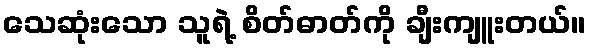
သေဆုံးသော သူရဲ့ စိတ်ဓာတ်ကို ချီးကျူးတယ်။